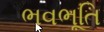
ભવભૂતિ